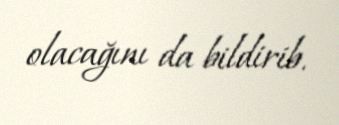
olacağını da bildirib.